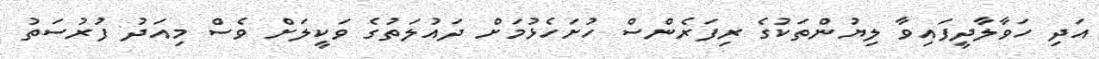
އަދި ހަވާލާދީފައިވާ ލިޔުންތަކުގެ ރިފަރެންސް ހުށަހެޅުމަށް ދައުލަތުގެ ވަކީލަށް ވެސް މިއަދު ފުރުސަތު